Indian journal of veterinary science and animal husbandry - Volumes 18-21, 1948-1951
Year: 1948
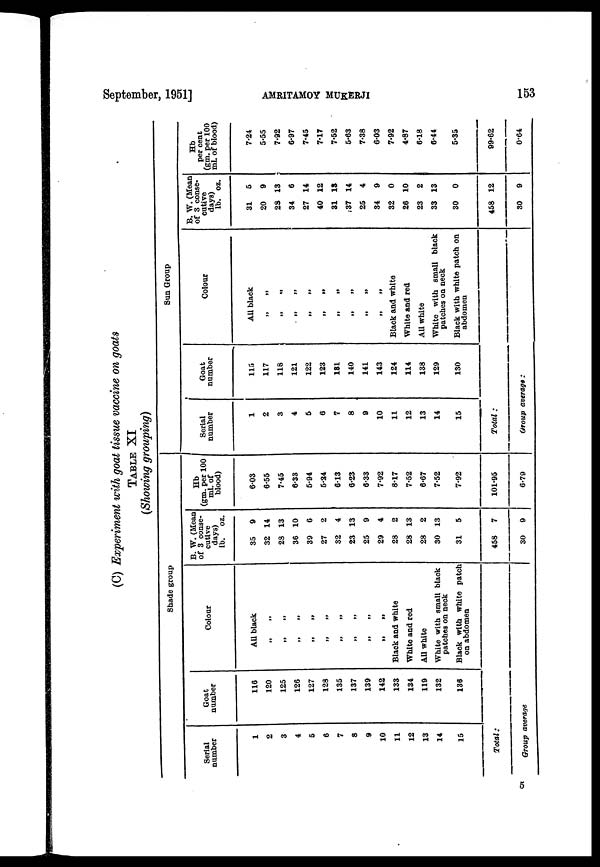
September, 1951]
AMRITAMOY
MUKHERJI
153
(C) Experiment with goat tissue vaccine on goats
TABLE XI
(Showing grouping)
Shade group
Serial
number
1
2
3
4
5
6
7
8
9
10
11
12
13
14
15
Total:
Goat
number
116
120
125
126
127
128
135
137
139
142
133
134
119
132
136
Group average
Colour
All black
„ „
„ „
„ „
„ „
„ „
„ „
„ „
„ „
„ „
Black and white
White and red
All white
White with small black
patches on neck
Black with white patch
on abdomen
B. W. (Mean
of 3 conse-
cutive
days)
lb.
35
32
28
36
39
27
32
23
25
29
28
23
28
30
31
458
30
oz.
9
14
13
10
6
2
4
13
9
4
2
13
2
13
5
7
9
Hb
(gm. per 100
ml. of
blood)
6.03
6.55
7.45
6.33
5.94
5.24
6.13
6.23
6.33
7.92
8.17
7.52
6.67
7.52
7.92
101.95
6.79
Sun Group
Serial
number
1
2
3
4
5
6
7
8
9
10
11
12
13
14
15
Total:
Goat
number
115
117
118
121
122
123
181
140
141
143
124
114
138
129
130
Group average :
Colour
All black
„ „
„ „
„ „
„ „
„ „
„ „
„ „
„ „
„ „
Black and white
White and red
All white
White with small black
patches on neck
Black with white patch on
abdomen
B. W. (Mean
of 3 conse-
cutive
days) lb.
31
20
23
34
27
40
31
37
25
34
32
26
23
33
30
458
30
oz.
5
9
13
6
14
12
13
14
4
9
0
10
2
13
0
12
9
Hb
per cent
(gm. per 100
ml. of blood)
7.24
5.55
7.92
6.97
7.45
7.17
7.52
5.63
7.38
6.03
7.92
4.87
6.18
6.44
5.35
99.62
0.64
5